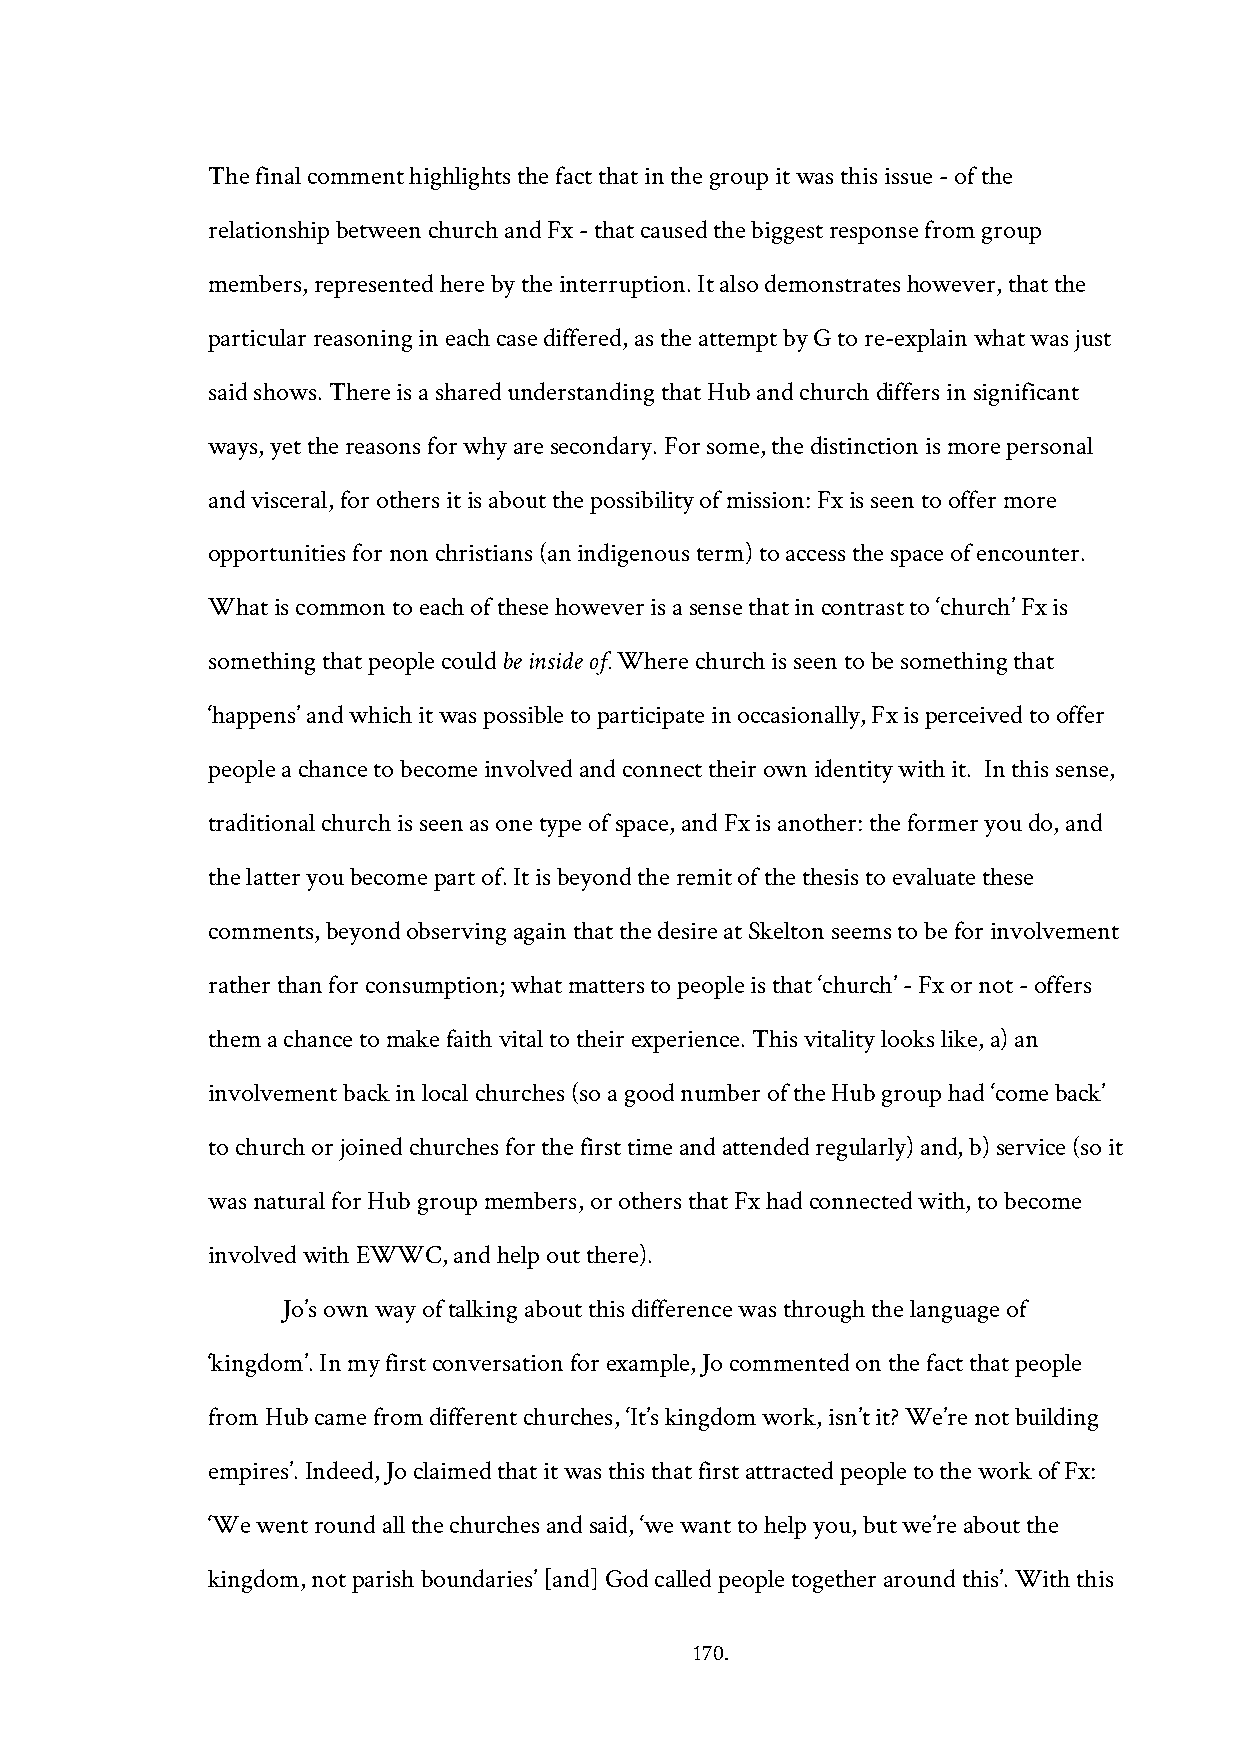
The final comment highlights the fact that in the group it was this issue - of the
 relationship between church and Fx - that caused the biggest response from group
 members, represented here by the interruption. It also demonstrates however, that the
 particular reasoning in each case differed, as the attempt by G to re-explain what was just
 said shows. There is a shared understanding that Hub and church differs in significant
 ways, yet the reasons for why are secondary. For some, the distinction is more personal
 and visceral, for others it is about the possibility of mission: Fx is seen to offer more
 opportunities for non christians (an indigenous term) to access the space of encounter.
 What is common to each of these however is a sense that in contrast to ‘church’ Fx is
 something that people could be inside of. Where church is seen to be something that
 ‘happens’ and which it was possible to participate in occasionally, Fx is perceived to offer
 people a chance to become involved and connect their own identity with it. In this sense,
 traditional church is seen as one type of space, and Fx is another: the former you do, and
 the latter you become part of. It is beyond the remit of the thesis to evaluate these
 comments, beyond observing again that the desire at Skelton seems to be for involvement
 rather than for consumption; what matters to people is that ‘church’ - Fx or not - offers
 them a chance to make faith vital to their experience. This vitality looks like, a) an
 involvement back in local churches (so a good number of the Hub group had ‘come back’
 to church or joined churches for the first time and attended regularly) and, b) service (so it
 was natural for Hub group members, or others that Fx had connected with, to become
 involved with EWWC, and help out there).
 Jo’s own way of talking about this difference was through the language of
 ‘kingdom’. In my first conversation for example, Jo commented on the fact that people
 from Hub came from different churches, ‘It’s kingdom work, isn’t it? We’re not building
 empires’. Indeed, Jo claimed that it was this that first attracted people to the work of Fx:
 ‘We went round all the churches and said, ‘we want to help you, but we’re about the
 kingdom, not parish boundaries’ [and] God called people together around this’. With this
 170.